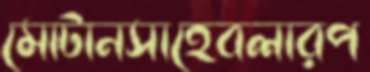
মোটানসাহেবলারপ